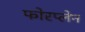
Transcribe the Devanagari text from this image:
फोरप्लेन